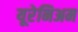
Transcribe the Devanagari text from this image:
यूरेनिअम